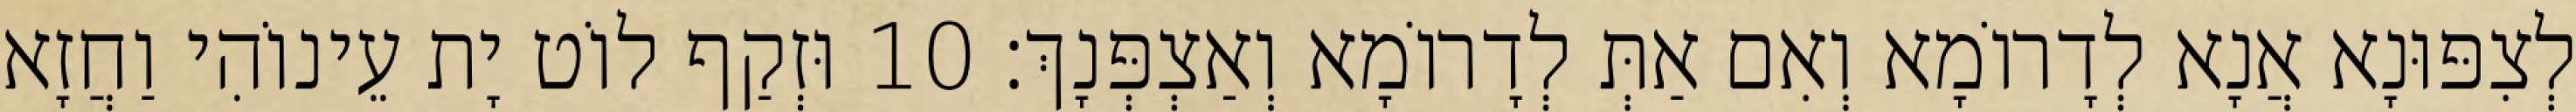
לְצִפּוּנָא אֲנָא לְדָרוֹמָא וְאִם אַתְּ לְדָרוֹמָא וְאַצְפְּנָךְ׃ 10 וּזְקַף לוֹט יָת עֵינוֹהִי וַחֲזָא